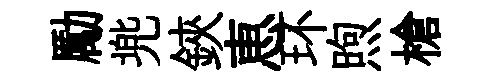
勵兠鋏恵环煦槍